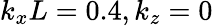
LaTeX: k_{x}L=0.4,k_{z}=0